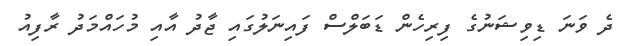
ދެ ވަނަ ޑިވިޝަނުގެ ފިރިހެން ޑަބަލްސް ފައިނަލުގައި ޖާދު އާއި މުހައްމަދު ރާފިއު